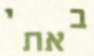
באתי